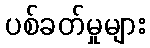
ပစ်ခတ်မှုများ